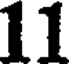
11